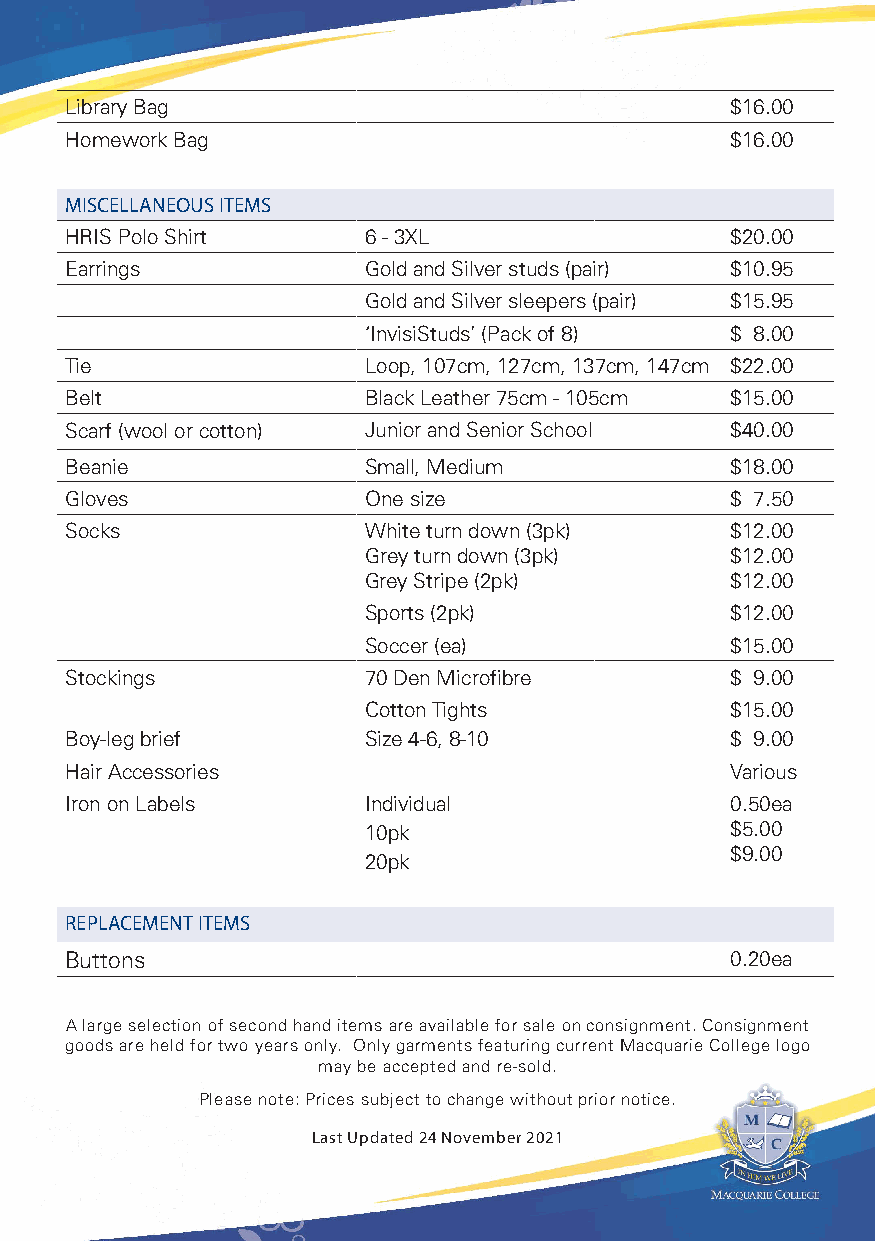
Library Bag                                 $16.00
 Homework Bag                                $16.00
 MISCELLANEOUS ITEMS
 HRIS Polo Shirt     6 - 3XL                 $20.00
 Earrings            Gold and Silver studs (pair) $10.95
 Gold and Silver sleepers (pair) $15.95
 ‘InvisiStuds’ (Pack of 8) $ 8.00
 Tie                 Loop, 107cm, 127cm, 137cm, 147cm $22.00
 Belt                Black Leather 75cm - 105cm $15.00
 Scarf (wool or cotton) Junior and Senior School $40.00
 Beanie              Small, Medium           $18.00
 Gloves              One size                $ 7.50
 Socks               White turn down (3pk)   $12.00
 Grey turn down (3pk)    $12.00
 Grey Stripe (2pk)       $12.00
 Sports (2pk)            $12.00
 Soccer (ea)             $15.00
 Stockings           70 Den Microfibre       $ 9.00
 Cotton Tights           $15.00
 Boy-leg brief       Size 4-6, 8-10          $ 9.00
 Hair Accessories                            Various
 Iron on Labels      Individual              0.50ea
 10pk                    $5.00
 $9.00
 20pk
 REPLACEMENT ITEMS
 Buttons                                     0.20ea
 A large selection of second hand items are available for sale on consignment. Consignment
 goods are held for two years only. Only garments featuring current Macquarie College logo
 may be accepted and re-sold.
 Please note: Prices subject to change without prior notice.
 Last Updated 24 November 2021